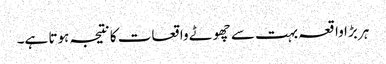
ہر بڑا واقعہ بہت سے چھوٹے واقعات کا نتیجہ ہوتا ہے۔